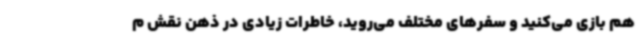
هم بازی می‌کنید و سفرهای مختلف می‌روید، خاطرات زیادی در ذهن نقش م